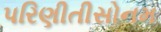
પરિણીતીસોનમ